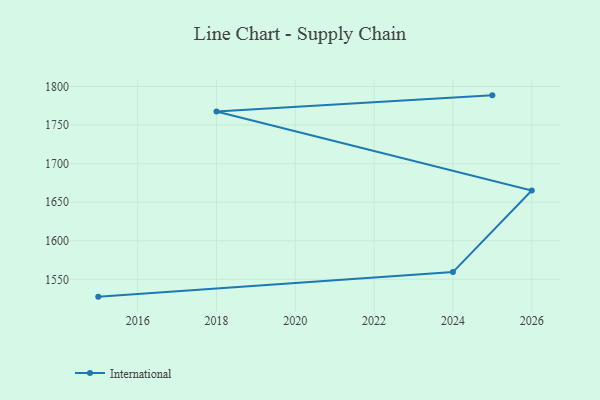
{"axis": {"x": "Year", "y": "Shipments"}, "legend": ["International"], "data": [{"x": "2015", "y": 1527.5, "type": "International"}, {"x": "2024", "y": 1559.3, "type": "International"}, {"x": "2026", "y": 1665.1, "type": "International"}, {"x": "2018", "y": 1767.5, "type": "International"}, {"x": "2025", "y": 1788.5, "type": "International"}]}